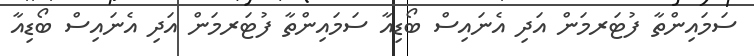
ސަމައިންތާ ފުޓަރމަން އަދި އެނައިސް ބޯޑިއާ ސަމައިންތާ ފުޓަރމަން އަދި އެނައިސް ބޯޑިއާ